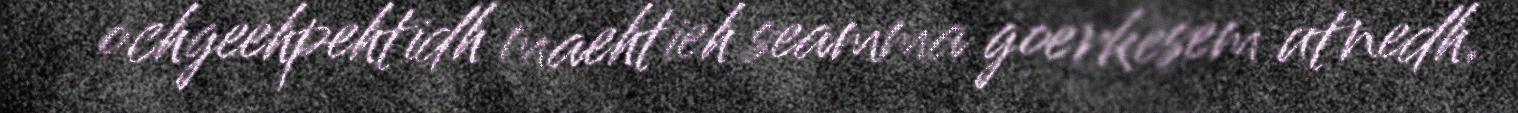
ochgeehpehtidh maehtieh seamma goerkesem utnedh,